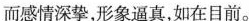
而感情深挚，形象逼真，如在目前。